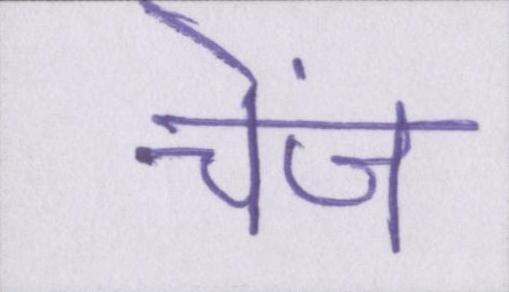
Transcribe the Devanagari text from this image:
चेंज